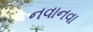
નવાનવા